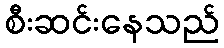
စီးဆင်းနေသည်